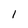
Character: 1